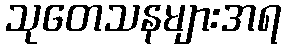
သုတေသနများအရ